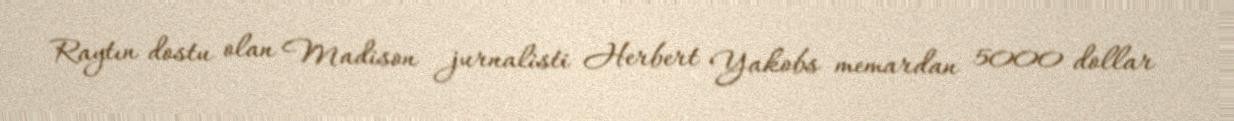
Raytın dostu olan Madison jurnalisti Herbert Yakobs memardan 5000 dollar